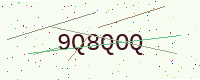
Text: 9Q8QOQ